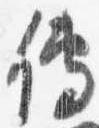
伝